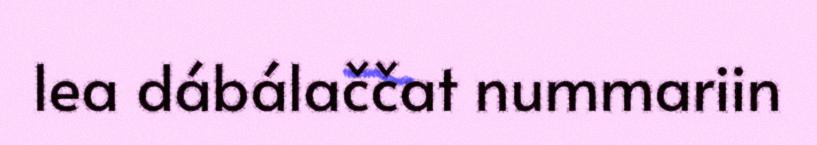
lea dábálaččat nummariin